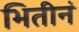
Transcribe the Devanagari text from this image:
भितीनं